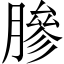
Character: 𬛓